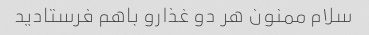
سلام ممنون هر دو غذارو باهم فرستادید